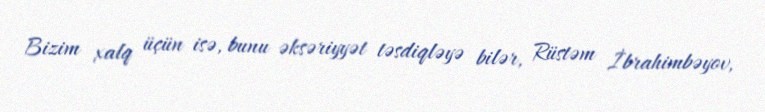
Bizim xalq üçün isə, bunu əksəriyyət təsdiqləyə bilər, Rüstəm İbrahimbəyov,